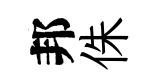
邦侏